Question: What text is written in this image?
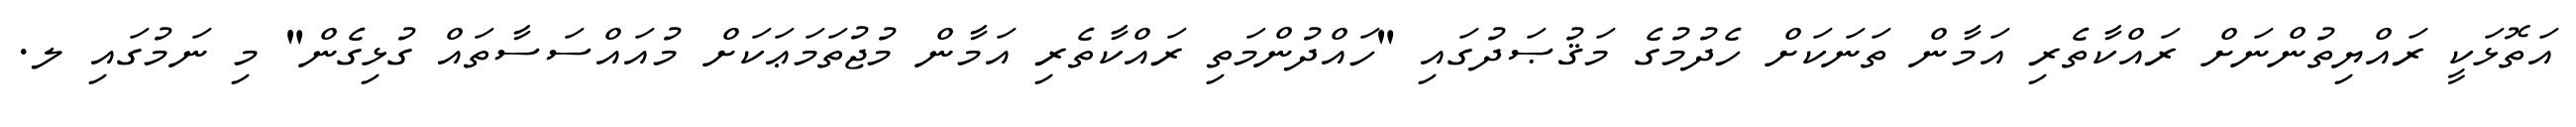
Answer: އަތޮޅަކީ ރައްޔިތުންނަށް ރައްކާތެރި އަމާން ތަނަކަށް ހެދުމުގެ މަޤުޞަދުގައި "ހައްދުންމަތި ރައްކާތެރި އަމާން މުޖުތަމަޢަކަށް މުއައްސަސާތައް ގުޅިގެން" މި ނަމުގައި ލ.